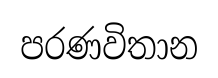
පරණවිතාන